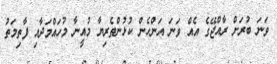
ވަނަ ބުރަށް ރާއްޖޭގެ އެއް ވަނަ އަންހެން ކުޅުންތެރިޔާ މުއީނާ މުހައްމަދާއި ފާތިމަތު